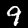
Label: 9